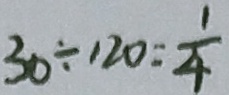
3 0 \div 1 2 0 = \frac { 1 } { 4 }